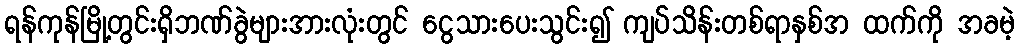
ရန်ကုန်မြို့တွင်းရှိဘဏ်ခွဲများအားလုံးတွင် ငွေသားပေးသွင်း၍ ကျပ်သိန်းတစ်ရာနှစ်အ ထက်ကို အခမဲ့